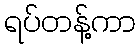
ရပ်တန့်ကာ